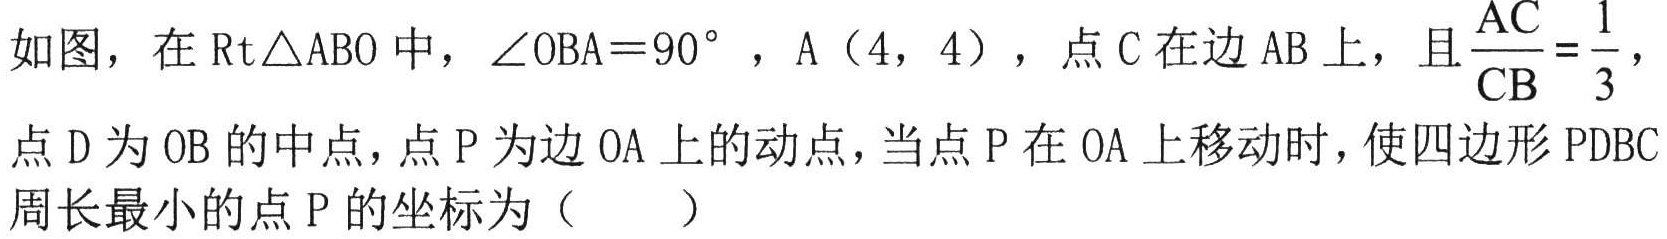
如图，在$\text{Rt}\triangle ABO$中，$\angle OBA = 90^{\circ}$，A（4，4），点 C 在边 AB 上，且$\dfrac{AC}{CB}=\dfrac{1}{3}$，点 D 为 OB 的中点，点 P 为边 OA 上的动点，当点 P 在 OA 上移动时，使四边形 PDBC 周长最小的点 P 的坐标为（  ）